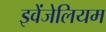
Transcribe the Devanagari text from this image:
इवेंजेलियम